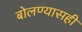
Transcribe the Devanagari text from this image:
बोलण्यासही